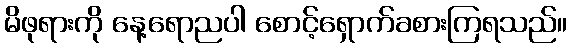
မိဖုရားကို နေ့ရောညပါ စောင့်ရှောက်ခစားကြရသည်။